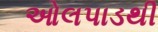
ઓલપાડથી